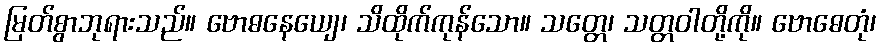
မြတ်စွာဘုရားသည်။ ဗောဓနေယျေ၊ သိထိုက်ကုန်သော။ သတ္တေ၊ သတ္တဝါတို့ကို။ ဗောဓေတုံ၊